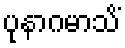
ပုနာဂမာသိံ